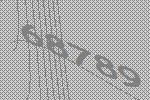
68789